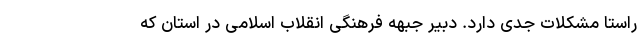
راستا مشکلات جدی دارد. دبیر جبهه فرهنگی انقلاب اسلامی در استان که